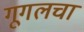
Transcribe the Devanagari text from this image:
गूगलचा